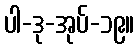
ပါ-ဒု-အုပ်-၁၉။